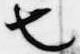
也